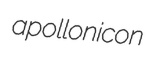
apollonicon